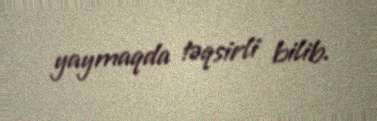
yaymaqda təqsirli bilib.